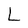
Character: L